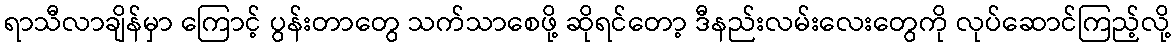
ရာသီလာချိန်မှာ ကြောင့် ပွန်းတာတွေ သက်သာစေဖို့ ဆိုရင်တော့ ဒီနည်းလမ်းလေးတွေကို လုပ်ဆောင်ကြည့်လို့